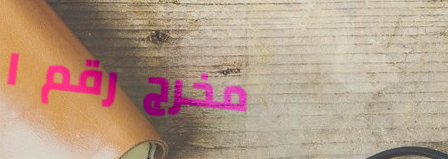
مخرج رقم ١